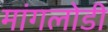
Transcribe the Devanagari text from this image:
मांगलोडी